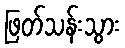
ဖြတ်သန်းသွား